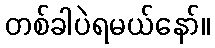
တစ်ခါပဲရမယ်နော်။